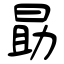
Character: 勗